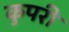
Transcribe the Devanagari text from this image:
कुपरी